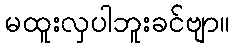
မထူးလှပါဘူးခင်ဗျာ။